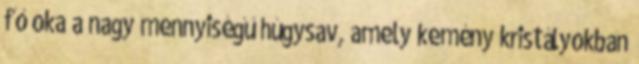
fő oka a nagy mennyiségű húgysav, amely kemény kristályokban